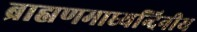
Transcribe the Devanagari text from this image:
ब्राह्मणमाध्यन्दिनीय